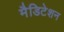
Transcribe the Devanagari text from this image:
मैडिटेशन